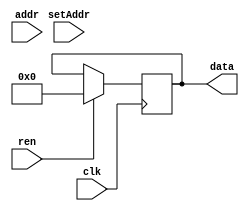
`ifdef SIM_USE_DPIC
import "DPI-C" function void sd_setaddr(input int addr);
import "DPI-C" function void sd_read(output int data);
`endif

module SDHelper (
  input clk,
  input setAddr,
  input [31:0] addr,
  input ren,
  output reg [31:0] data
);

`ifdef SIM_USE_DPIC
  always @(negedge clk) begin
    if (ren) sd_read(data);
  end
  always@(posedge clk) begin
    if (setAddr) sd_setaddr(addr);
  end
`else
  always @(negedge clk) begin
    if (ren) data <= 0;
  end
`endif // SIM_USE_DPIC

endmodule